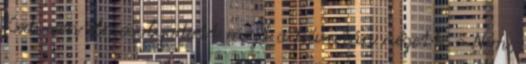
Kedvesen elmosolyodott majd a fiú után nézett. - Nem,